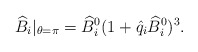
\begin{align*}\widehat B_i|_{\theta=\pi}={\widehat B}_i^0(1+\hat q_i{\widehat B}_i^0)^3.\end{align*}